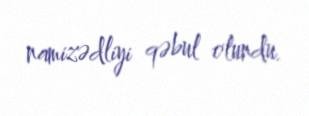
namizədliyi qəbul olundu.